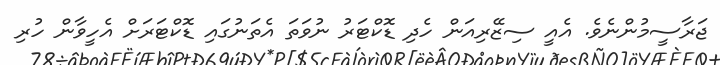
ޖަރާސީމުންނެވެ. އެއީ ސިޒޭރިއަން ހެދި ޑޮކްޓަރު ނުވަތަ އެތަނުގައި ޑޮކްޓަރަށް އެހީވާން ހުރި